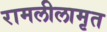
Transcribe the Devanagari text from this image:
रामलीलामृत